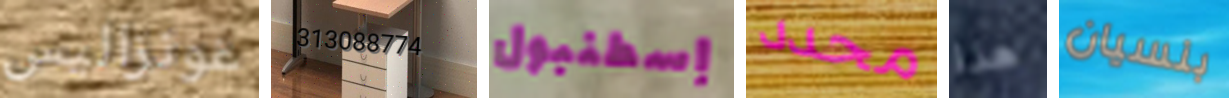
غونزاليس 313088774 إسطنبول محدد هذا بنسيان